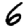
Digit: 6